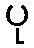
ပု